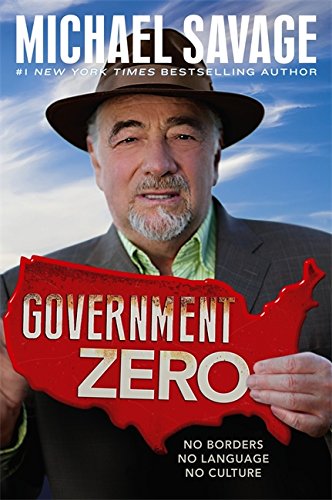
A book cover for Government Zero: No Borders, No Language, No Culture; Michael Savage; Politics & Social Sciences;